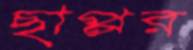
ছাপ্পর